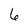
Character: 6